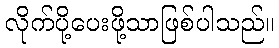
လိုက်ပို့ပေးဖို့သာဖြစ်ပါသည်။